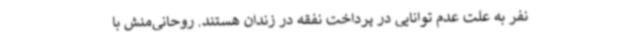
نفر به علت عدم توانایی در پرداخت نفقه در زندان هستند. روحانی‌منش با